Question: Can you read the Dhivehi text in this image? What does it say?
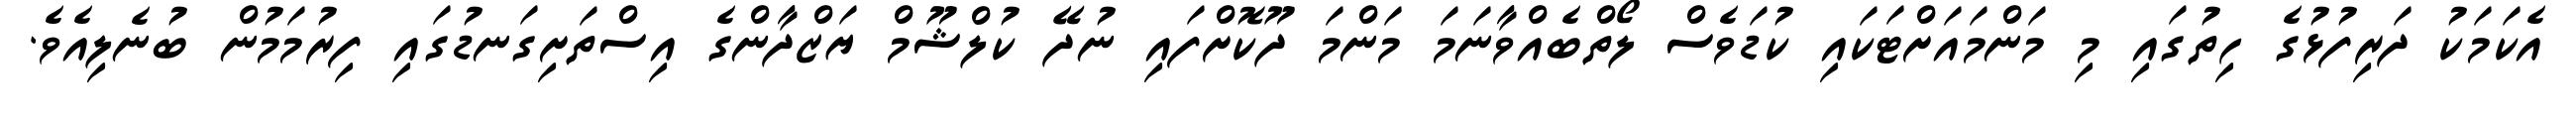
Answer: އެކަމަކު ދަރިފުޅުގެ ހިތުގައި މި މަންމައަށްޓަކައި ކުޑަވެސް ލޯތްބެއްވާނަމަ މަންމަ ދޫކޮށްފައި ނުދޭ ކުލްޝޫމް ޔަޒްދާންގެ އިސްތަށިގަނޑުގައި ފިރުމަމުން ބުނެލިއެވެ.